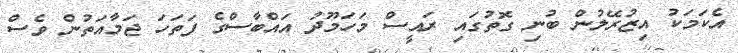
އެކަމަކު އިޒުރޭލުން ބުނި ގޮތުގައި ރައީސް މަހަމޫދު އައްބާސްގެ ފަތަހަ ޖަމާއަތުން ވެސް